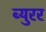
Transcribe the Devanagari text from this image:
ब्युरर